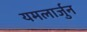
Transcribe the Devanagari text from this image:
यमलार्जुन